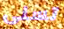
تسنى